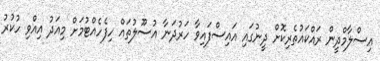
އިސްލާމްދީން ރައްކައުތެރިކޮށް ދީނުގައި އައިސްފައިވާ ހަރުދަނާ އުސޫލުތައް ހިފެހެއްޓުމަށް މިއަދު އިއްވި ހުކުރު